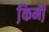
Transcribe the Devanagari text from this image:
कि़मी़